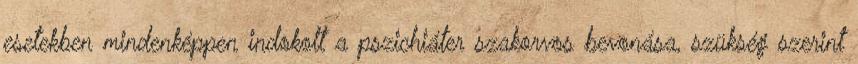
esetekben mindenképpen indokolt a pszichiáter szakorvos bevonása, szükség szerint